Lunatic asylums Central Provinces reports 1910-1926 - 1910-1926
Year: 1910
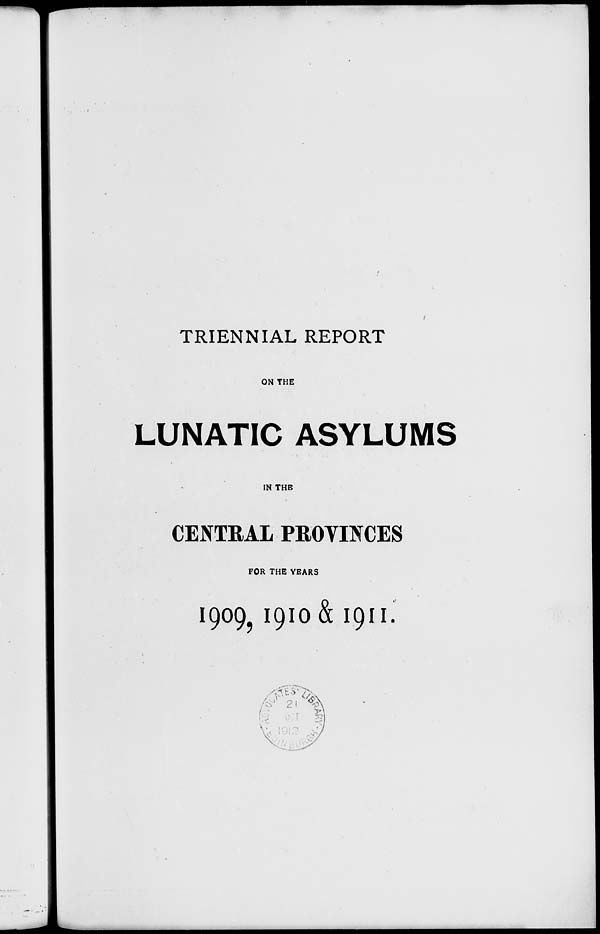
TRIENNIAL REPORT
ON THE
LUNATIC ASYLUMS
IN THE
CENTRAL PROVINCES
FOR THE YEARS
1909, 1910 & 1911.